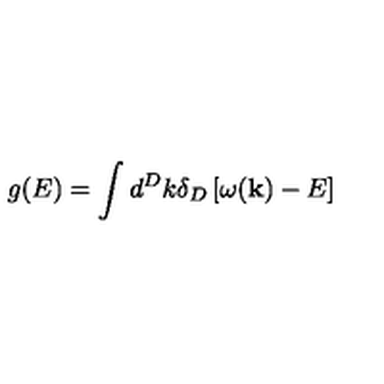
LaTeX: g ( E ) = \int d ^ { D } k \delta _ { D } \left[ \omega ( { \bf k } ) - E \right]